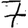
Digit: 7